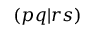
( p q | r s )